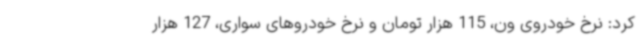
کرد: نرخ خودروی ون، 115 هزار تومان و نرخ خودروهای سواری، 127 هزار